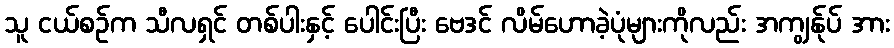
သူ ငယ်စဉ်က သီလရှင် တစ်ပါးနှင့် ပေါင်းပြီး ဗေဒင် လိမ်ဟောခဲ့ပုံများကိုလည်း အကျွန်ုပ် အား